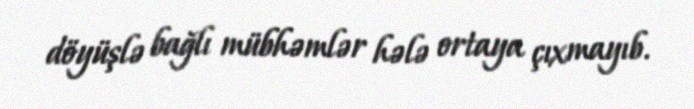
döyüşlə bağlı mübhəmlər hələ ortaya çıxmayıb.